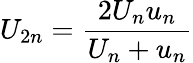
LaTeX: U_{2n}={\frac{2U_{n}u_{n}}{U_{n}+u_{n}}}